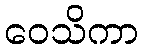
ဝေသိကာ